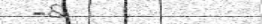
٤١